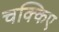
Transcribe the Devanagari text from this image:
चक्किए